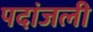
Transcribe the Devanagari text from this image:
पदांजली